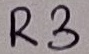
Text: R3